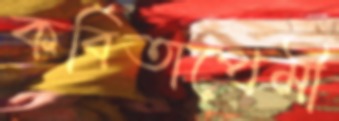
কবিতাপ্রেমী